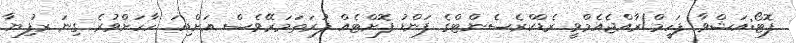
ފޮޓޯ:އަޝްވާ ފަހީމް/ރާއްޖެއެމްވީ ރެޑްކްރެސެންޓްގެ ފަންޑު ފޮށްޓެއް ފުރަތަމަރޭވެސް އަށްޑިހަ ހާހަށްވުރެ ގިނަ ރުފިޔާ